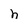
Character: h